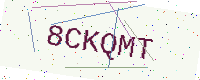
Text: 8CKQMT